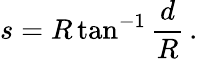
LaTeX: s=R\tan^{-1}{\frac{d}{R}}\, .